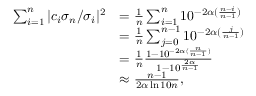
\begin{array} { r l } { \sum _ { i = 1 } ^ { n } \vert c _ { i } \sigma _ { n } / \sigma _ { i } \vert ^ { 2 } } & { = \frac { 1 } { n } \sum _ { i = 1 } ^ { n } 1 0 ^ { - 2 \alpha ( \frac { n - i } { n - 1 } ) } } \\ & { = \frac { 1 } { n } \sum _ { j = 0 } ^ { n - 1 } 1 0 ^ { - 2 \alpha ( \frac { j } { n - 1 } ) } } \\ & { = \frac { 1 } { n } \frac { 1 - 1 0 ^ { - 2 \alpha ( \frac { n } { n - 1 } ) } } { 1 - 1 0 ^ { \frac { 2 \alpha } { n - 1 } } } } \\ & { \approx \frac { n - 1 } { 2 \alpha \ln 1 0 n } , } \end{array}